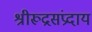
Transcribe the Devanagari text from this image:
श्रीरूद्रसंप्रदाय